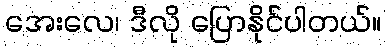
အေးလေ၊ ဒီလို ပြောနိုင်ပါတယ်။